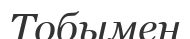
Тобымен